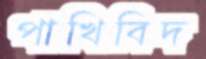
পাখিবিদ